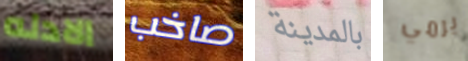
الادله صاخب بالمدينة يرمي